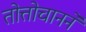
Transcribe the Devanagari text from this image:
तोत्तोचानने